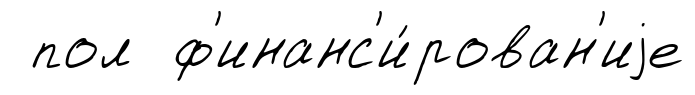
пол ф'инанс'и́рован'иjе